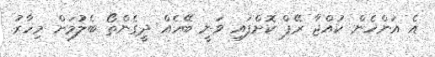
އެ އަންހެން ކުއްޖާ ރޭޕް ކޮށްފައި ވަނީ ބޭހެއް ދީގެންތޯ ބެލުމަށް މިހާރު